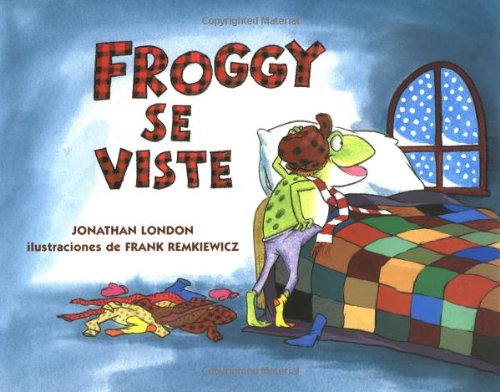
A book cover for Froggy se viste (Spanish Edition); Jonathan London; Children's Books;